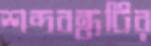
শব্দবন্ধটির